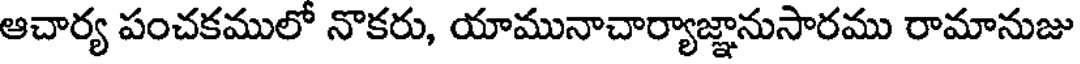
ఆచార్య పంచకములో నొకరు, యామునాచార్యాజ్ఞానుసారము రామానుజు